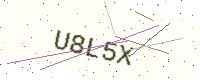
Text: U8L5X